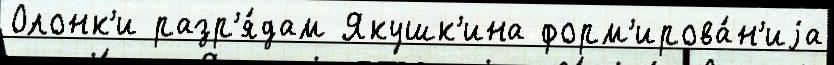
Олонк'и разр'я́дам Якушк'ина форм'ирова́н'иjа